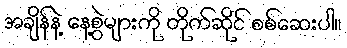
အချိန်နဲ့ နေ့စွဲများကို တိုက်ဆိုင် စစ်ဆေးပါ။